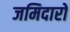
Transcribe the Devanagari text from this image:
जमिदारों